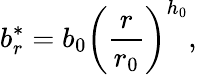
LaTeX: b_{r}^{*}=b_{0}\biggl(\frac{r}{r_{0}}\biggr)^{h_{0}},